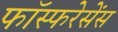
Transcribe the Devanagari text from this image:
फॉस्फरेसेंस